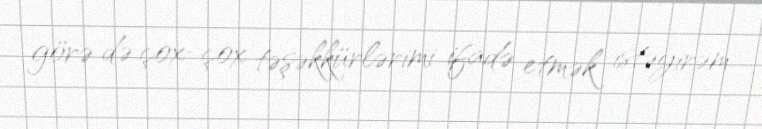
görə də çox-çox təşəkkürlərimi ifadə etmək istəyirəm.